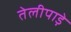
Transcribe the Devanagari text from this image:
तेलीपाड़े